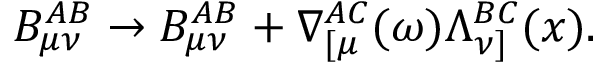
B _ { \mu \nu } ^ { A B } \rightarrow B _ { \mu \nu } ^ { A B } + \nabla _ { [ \mu } ^ { A C } ( \omega ) \Lambda _ { \nu ] } ^ { B C } ( x ) .